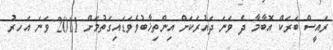
ރައީސް ބަރަކް އޮބާމާ ދެ ވަނަ ދައުރަކަށް އިންތިޚާބުވެވަޑައިގަތުމަށް 2011 ވަނަ އަހރު